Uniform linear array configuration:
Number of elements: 12
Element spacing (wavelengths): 1
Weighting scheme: kaiser
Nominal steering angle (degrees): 30
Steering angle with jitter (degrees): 31.759
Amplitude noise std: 0.05
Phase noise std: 0.05

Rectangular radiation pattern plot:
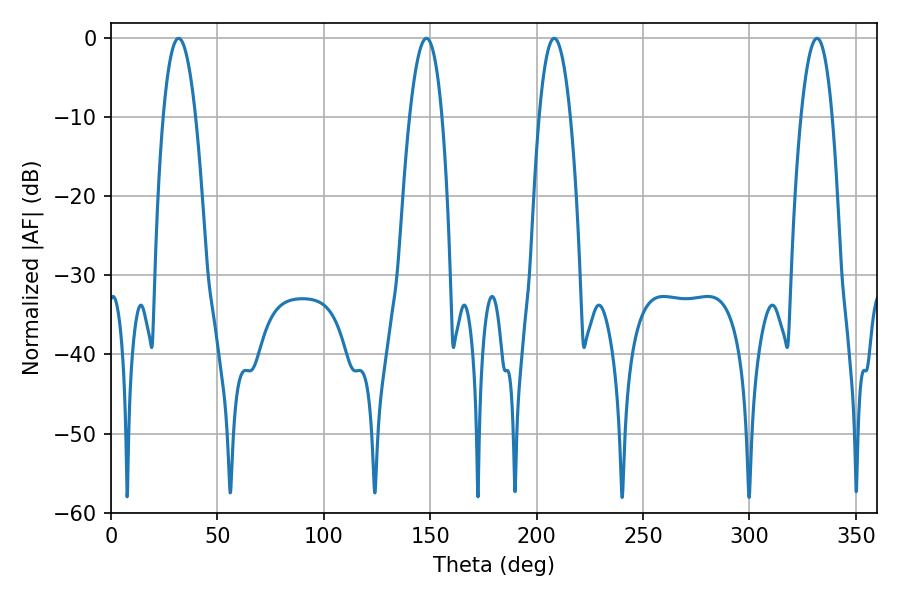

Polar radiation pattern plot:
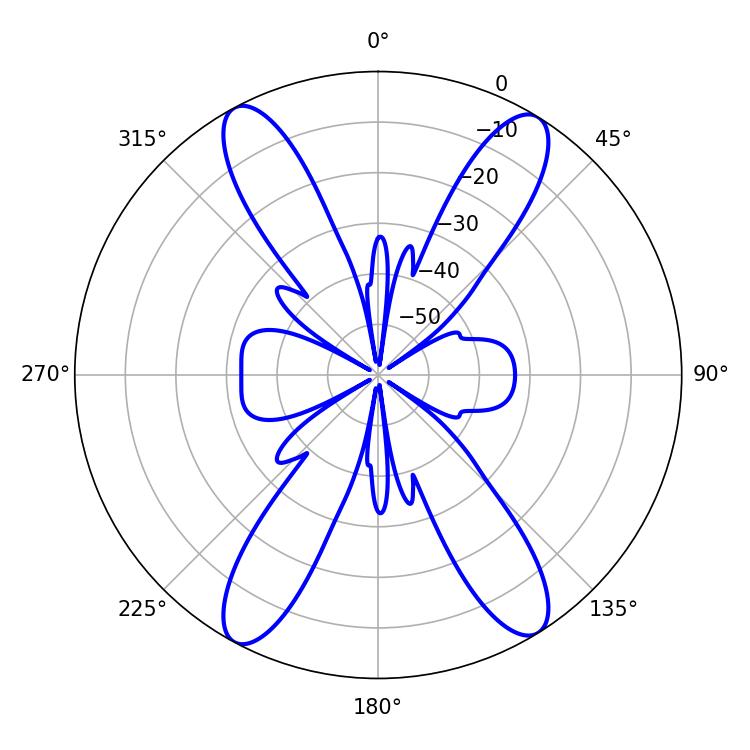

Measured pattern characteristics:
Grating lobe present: TRUE
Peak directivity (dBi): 19.524
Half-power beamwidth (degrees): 8.1
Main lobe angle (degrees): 208.26